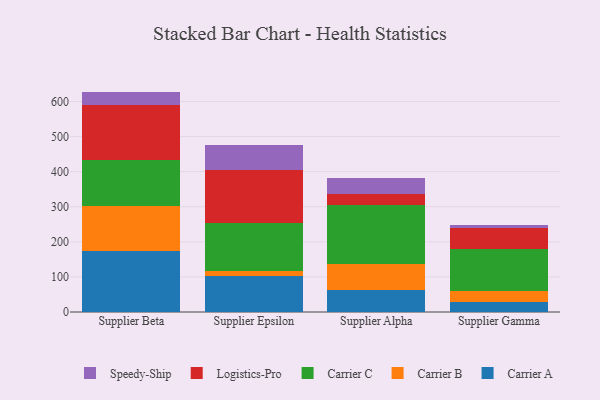
{"axis": {"x": "Supplier", "y": "Bounce Rate (%)"}, "legend": ["Carrier A", "Carrier B", "Carrier C", "Logistics-Pro", "Speedy-Ship"], "data": [{"x": "Supplier Beta", "y": 173.8, "type": "Carrier A"}, {"x": "Supplier Beta", "y": 128.1, "type": "Carrier B"}, {"x": "Supplier Beta", "y": 130.9, "type": "Carrier C"}, {"x": "Supplier Beta", "y": 157.6, "type": "Logistics-Pro"}, {"x": "Supplier Beta", "y": 37.8, "type": "Speedy-Ship"}, {"x": "Supplier Epsilon", "y": 103.4, "type": "Carrier A"}, {"x": "Supplier Epsilon", "y": 12.2, "type": "Carrier B"}, {"x": "Supplier Epsilon", "y": 136.9, "type": "Carrier C"}, {"x": "Supplier Epsilon", "y": 153.0, "type": "Logistics-Pro"}, {"x": "Supplier Epsilon", "y": 69.7, "type": "Speedy-Ship"}, {"x": "Supplier Alpha", "y": 63.1, "type": "Carrier A"}, {"x": "Supplier Alpha", "y": 73.5, "type": "Carrier B"}, {"x": "Supplier Alpha", "y": 169.6, "type": "Carrier C"}, {"x": "Supplier Alpha", "y": 30.7, "type": "Logistics-Pro"}, {"x": "Supplier Alpha", "y": 45.2, "type": "Speedy-Ship"}, {"x": "Supplier Gamma", "y": 28.3, "type": "Carrier A"}, {"x": "Supplier Gamma", "y": 31.8, "type": "Carrier B"}, {"x": "Supplier Gamma", "y": 120.9, "type": "Carrier C"}, {"x": "Supplier Gamma", "y": 58.3, "type": "Logistics-Pro"}, {"x": "Supplier Gamma", "y": 8.1, "type": "Speedy-Ship"}]}